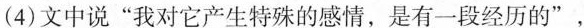
（4）文中说”我对它产生特殊的感情，是有一段经历的”，